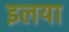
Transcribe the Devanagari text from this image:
इलया